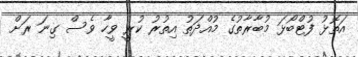
އަތޮޅު ފުޓްބޯޅަ މުބާރާތުގެ މުއްދަތު އިތުރު ކުރީ ވީހާ ވެސް ގިނަ ރަށް